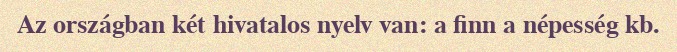
Az országban két hivatalos nyelv van: a finn a népesség kb.